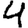
Digit: 4